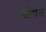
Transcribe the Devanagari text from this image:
घोषत